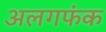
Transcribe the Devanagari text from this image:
अलगफंक